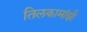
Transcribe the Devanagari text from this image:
तिलकामांझी